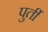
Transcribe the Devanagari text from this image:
पुर्ती